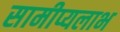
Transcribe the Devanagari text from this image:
सामीप्यलाभ